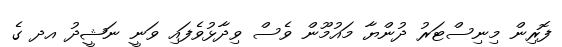
ފޮރިން މިނިސްޓަރު ދުންޔާ މައުމޫން ވެސް ވިދާޅުވެފައި ވަނީ ނަޝީދު އދ ގެ